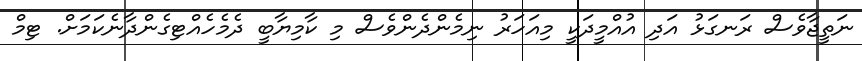
ނަތީޖާވެސް ރަނގަޅު އަދި އުއްމީދަކީ މިއަހަރު ނިމެންދެންވެސް މި ކާމިޔާބީ ދެމެހެއްޓިގެންދާނެކަމަށް. ޓިމް